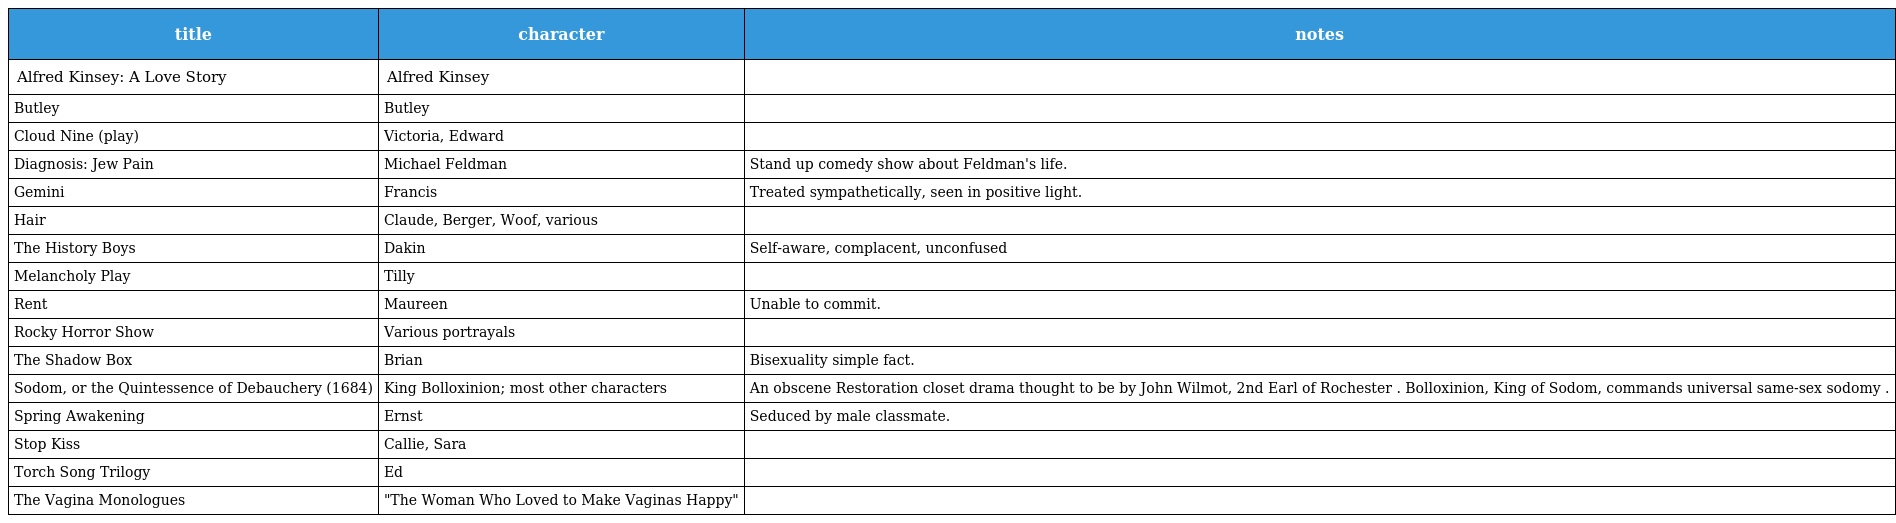
| title | character | notes |
 | --- | --- | --- |
 | Alfred Kinsey: A Love Story | Alfred Kinsey |  |
 | Butley | Butley |  |
 | Cloud Nine (play) | Victoria, Edward |  |
 | Diagnosis: Jew Pain | Michael Feldman | Stand up comedy show about Feldman's life. |
 | Gemini | Francis | Treated sympathetically, seen in positive light. |
 | Hair | Claude, Berger, Woof, various |  |
 | The History Boys | Dakin | Self-aware, complacent, unconfused |
 | Melancholy Play | Tilly |  |
 | Rent | Maureen | Unable to commit. |
 | Rocky Horror Show | Various portrayals |  |
 | The Shadow Box | Brian | Bisexuality simple fact. |
 | Sodom, or the Quintessence of Debauchery (1684) | King Bolloxinion; most other characters | An obscene Restoration closet drama thought to be by John Wilmot, 2nd Earl of Rochester . Bolloxinion, King of Sodom, commands universal same-sex sodomy . |
 | Spring Awakening | Ernst | Seduced by male classmate. |
 | Stop Kiss | Callie, Sara |  |
 | Torch Song Trilogy | Ed |  |
 | The Vagina Monologues | "The Woman Who Loved to Make Vaginas Happy" |  |